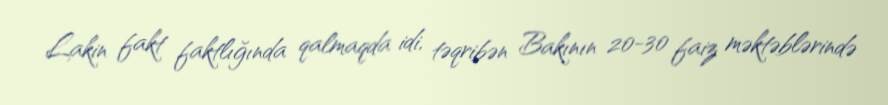
Lakin fakt faktlığında qalmaqda idi, təqribən Bakının 20-30 faiz məktəblərində